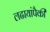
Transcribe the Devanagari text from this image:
लढायांपैकी